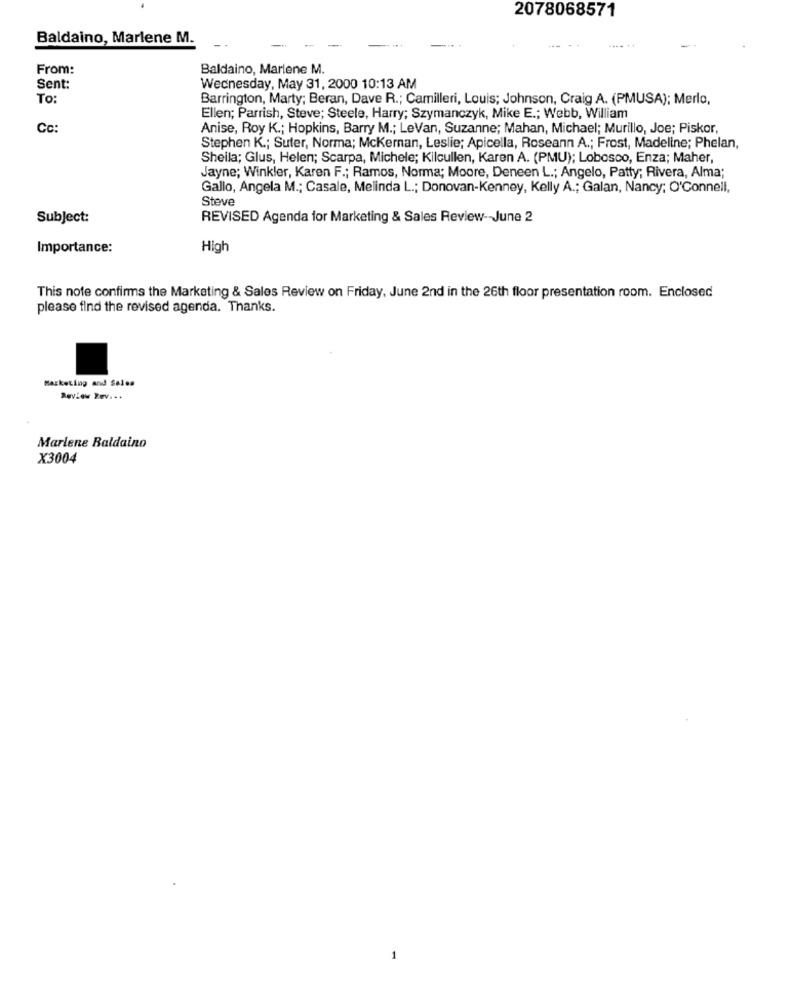
2078068571
Baldaino, Marlene M.
From:
Baldaino, Marlene M.
Sent:
Wednesday, May 31, 2000 10:13 AM
To:
Barrington, Marty; Beran, Dave R .; Camilleri, Louis; Johnson, Craig A. (PMUSA); Merlo,
Ellen; Parrish, Steve; Steele, Harry; Szymanczyk, Mike E .; Webb, William
Cc:
Anise, Roy K .; Hopkins, Barry M .; LeVan, Suzanne; Mahan, Michael; Murillo, Joe; Piskor,
Stephen K .; Suter, Norma; Mckernan, Leslie; Apicella, Roseann A .; Frost, Madeline; Phelan,
Sheila; Glus, Helen; Scarpa, Michele; Kilcullen, Karen A. (PMU); Lobosco, Enza; Maher,
Jayne; Winkler, Karen F .; Ramos, Norma; Moore, Deneen L .; Angelo, Patty; Rivera, Alma;
Gallo, Angela M .; Casale, Melinda L .; Donovan-Kenney, Kelly A .; Galan, Nancy; O'Connell,
Steve
Subject:
REVISED Agenda for Marketing & Sales Review -- June 2
Importance:
High
This note confirms the Marketing & Sales Review on Friday, June 2nd in the 26th floor presentation room. Enclosed
please find the revised agenda. Thanks.
Marketing and Sales
Review Rev ...
Marlene Baldaino
X3004
1